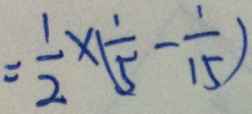
= \frac { 1 } { 2 } \times ( \frac { 1 } { 5 } - \frac { 1 } { 1 5 } )